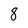
Character: 8